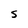
Character: S